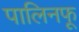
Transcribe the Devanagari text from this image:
पालिनफू